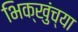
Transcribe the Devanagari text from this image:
भिक्खुंच्या